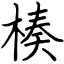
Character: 楱